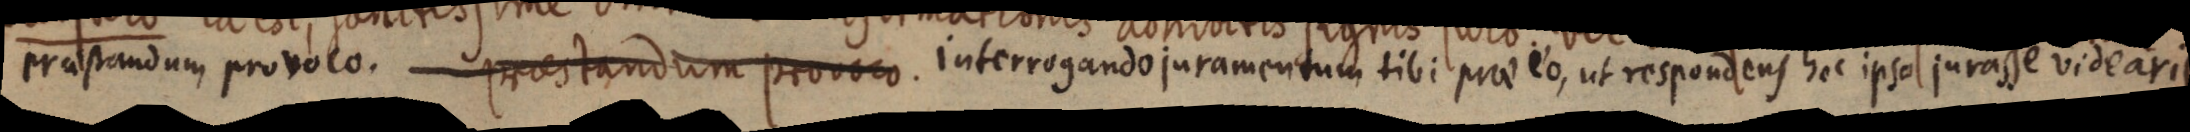
prstandum provoco praestandum provoco. interrogando juramentum tibi pue eo, ut respondens hoc ipso jurasse videaris